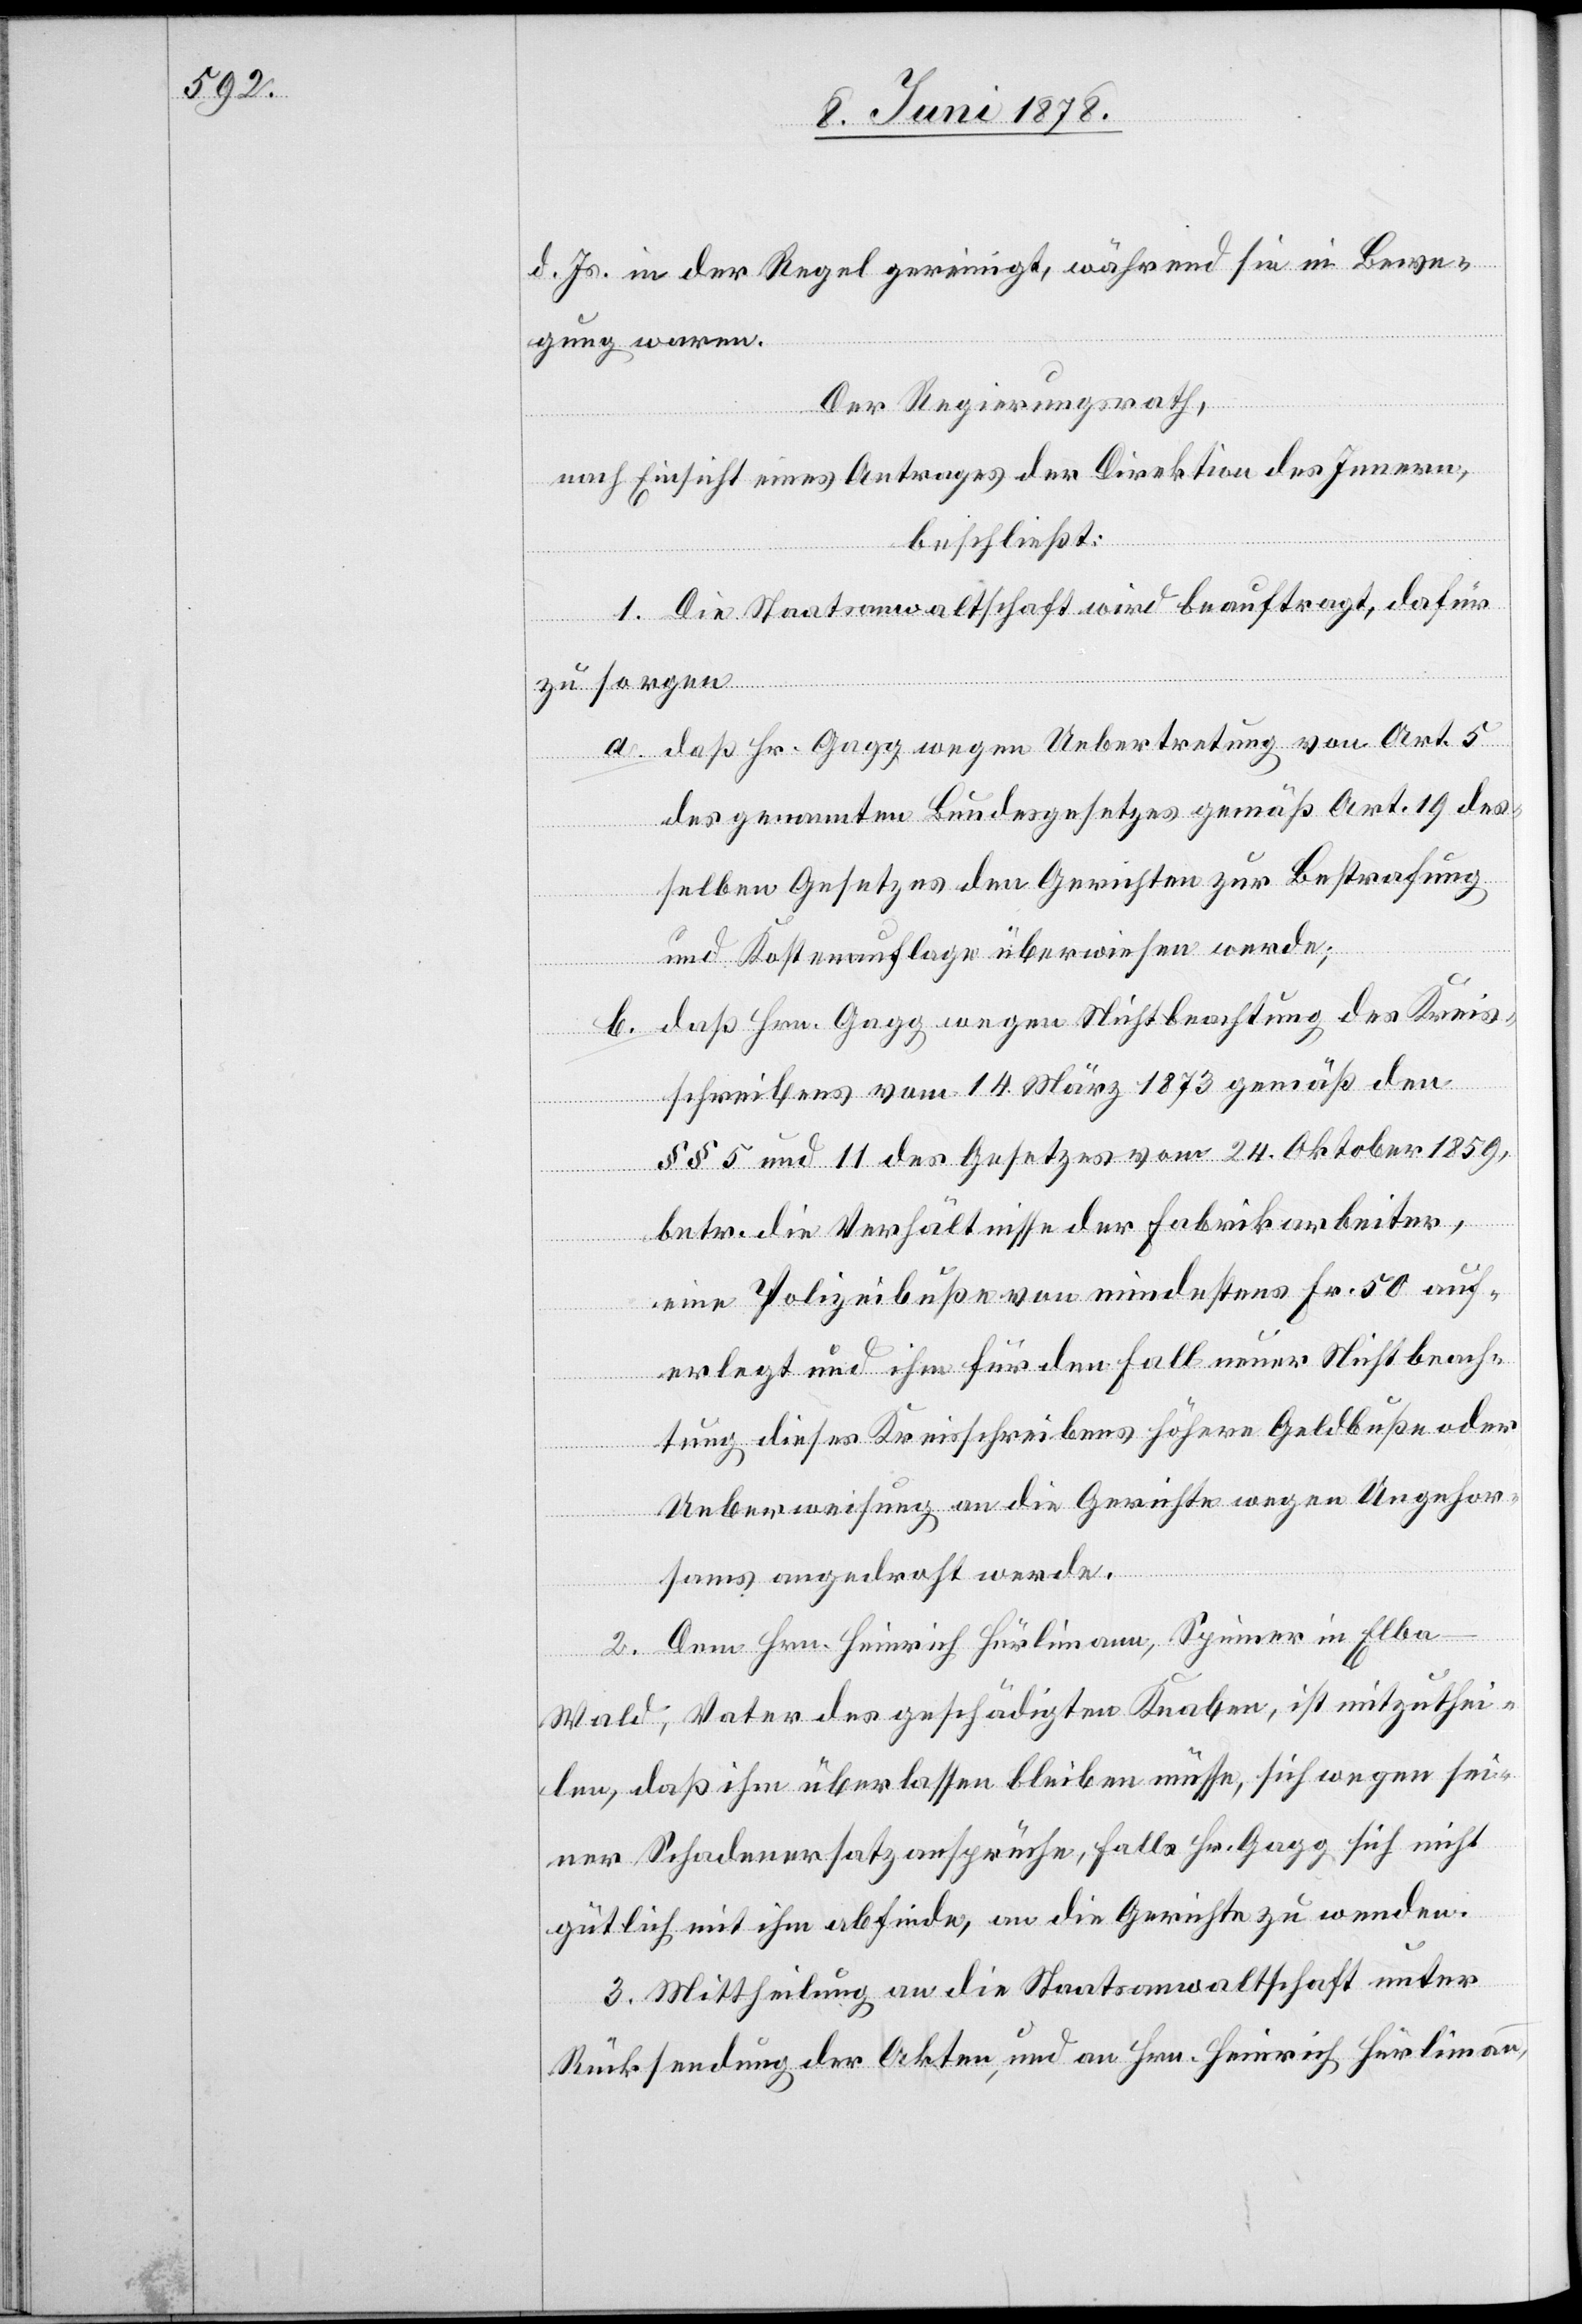
d. Js. in der Regel gereinigt, während sie in Bewe¬
gung waren.
Der Regierungsrath,
nach Einsicht eines Antrages der Direktion des Innern,
beschließt:
1. Die Staatsanwaltschaft wird beauftragt, dafür
zu sorgen
a. daß Hr. Gagg wegen Uebertretung von Art. 5
des genannten Bundesgesetzes gemäß Art. 19 des¬
selben Gesetzes den Gerichten zur Bestrafung
und Kostenauflage überwiesen werde;
daß Hrn. Gagg wegen Nichtbeachtung des Kreis¬
b.
schreiben vom 14. März 1873 gemäß den
§§ 5 und 11 des Gesetzes vom 24. Oktober 1859,
betr. die Verhältnisse der Fabrikarbeiter,
eine Polizeibuße von mindestens Fr. 50 auf¬
erlegt und ihm für den Fall neuer Nichtbeach¬
tung dieser Kreisschreibens höhere Geldbuße oder
Ueberweisung an die Gerichte wegen Ungehor¬
sams angedroht werde.
2. Dem Hrn. Heinrich Hürlimann, Spinner in Elba
Wald, Vater des geschädigten Knaben, ist mitzuthei¬
len, daß ihm überlassen bleiben müsse, sich wegen sei¬
ner Schadenersatzansprüche, falls Hr. Gagg sich nicht
gütlich mit ihm abfinde, an die Gerichte zu wenden.
3. Mittheilung an die Staatsanwaltschaft unter
Rücksendung der Akten, und an Hrn. Heinrich Hürlimann,